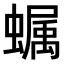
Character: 𧑏